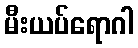
မီးယပ်ရောဂါ